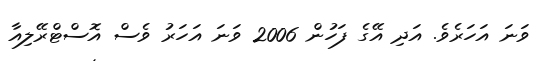
ވަނަ އަހަރެވެ. އަދި އޭގެ ފަހުން 2006 ވަނަ އަހަރު ވެސް އޮސްޓްރޭލިއާ